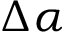
\Delta \alpha